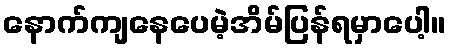
နောက်ကျနေပေမဲ့အိမ်ပြန်ရမှာပေါ့။